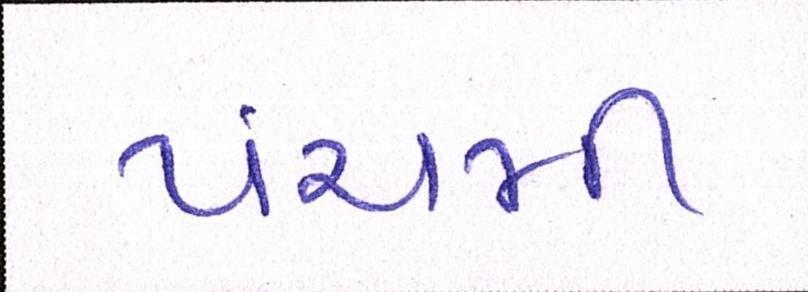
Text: પંચમી